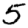
Digit: 5